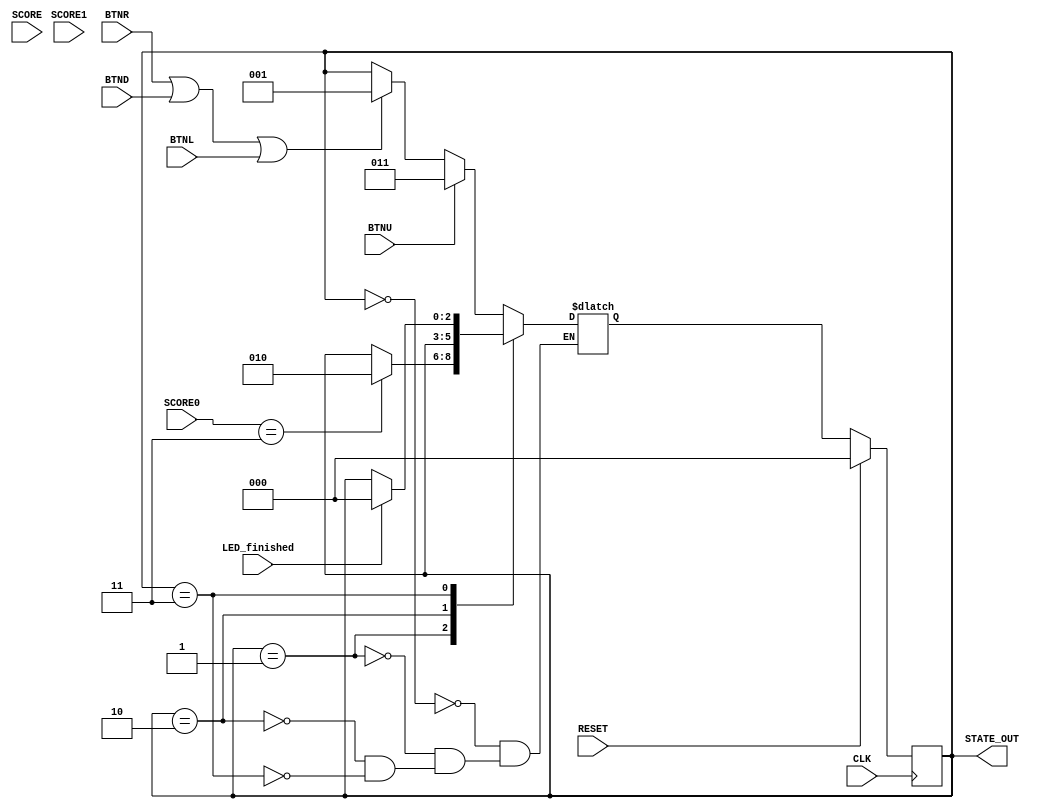
`timescale 1ns / 1ps
//////////////////////////////////////////////////////////////////////////////////
// Company: 
// Engineer: 
// 
// Design Name: 
// Module Name: NavigationSM
// Project Name: 
// Target Devices: 
// Tool Versions: 
// Description: 
// 
// Dependencies: 
// 
// Revision:
// Revision 0.01 - File Created
// Additional Comments:
// 
//////////////////////////////////////////////////////////////////////////////////


module MasterSM(
   input BTNU,
   input BTND,
   input BTNR,
   input BTNL,
   input [3:0] SCORE0,
   input [3:0] SCORE1,
   input LED_finished,
   input RESET,
   input CLK,
   input [3:0] SCORE,

   output [2:0] STATE_OUT
   );


reg [2:0] curr_state;
reg [2:0] next_state;

assign STATE_OUT = curr_state;


//sequential logic
always@(posedge CLK) begin
   if(RESET) begin
       curr_state <= 3'b00;
   end
   
   else begin
       curr_state <= next_state;
   end
end

//combinatorial logic
always@(curr_state or BTNL or BTNR or BTND or BTNU) begin
   case (curr_state)
       
       //IDLE: 0
       //PLAY: 1
       //WIN: 2
   
       
       //IDLE
       3'd0    : begin
           if(BTNU)begin
          
               next_state <= 3'd3;
           end
           else if( BTNR || BTND || BTNL ) begin
               next_state <= 3'd1;
           end
           else begin
               next_state <= curr_state;
           end
       end
       
       
       //PLAY
       3'd1    : begin
          if(SCORE0 == 3) begin
              next_state <= 3'd2;
          end
          else
              next_state <= curr_state;
       end
       
       
       //WIN
       3'd2    : begin
          next_state <= curr_state;
       end
       
       //LED Display
       3'd3    : begin
          if(LED_finished == 1)begin
            next_state <= 3'd0;
          end
          else begin
             next_state <= curr_state;
          end
       end
   endcase
end
        
   
endmodule